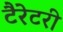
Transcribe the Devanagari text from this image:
टैरेटरी